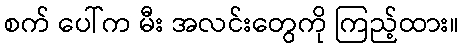
စက် ပေါ်က မီး အလင်းတွေကို ကြည့်ထား။